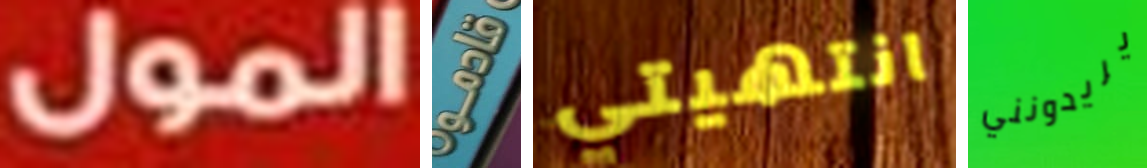
المول قادمو انتهيتي يريدونني